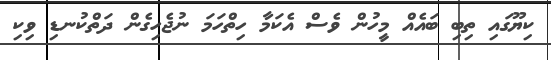
ކިޔޫގައި ތިބި ބައެއް މީހުން ވެސް އެކަމާ ހިތްހަމަ ނުޖެހިގެން ދަތްކުނޑި ވިކި